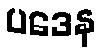
ပဒေန